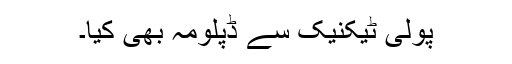
پولی ٹیکنیک سے ڈپلومہ بھی کیا۔